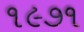
૧૯૭૧